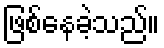
ဖြစ်နေခဲ့သည်။